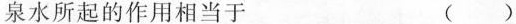
泉水所起的作用相当于()